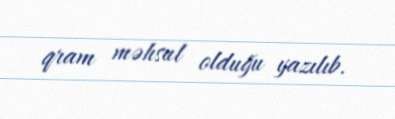
qram məhsul olduğu yazılıb.